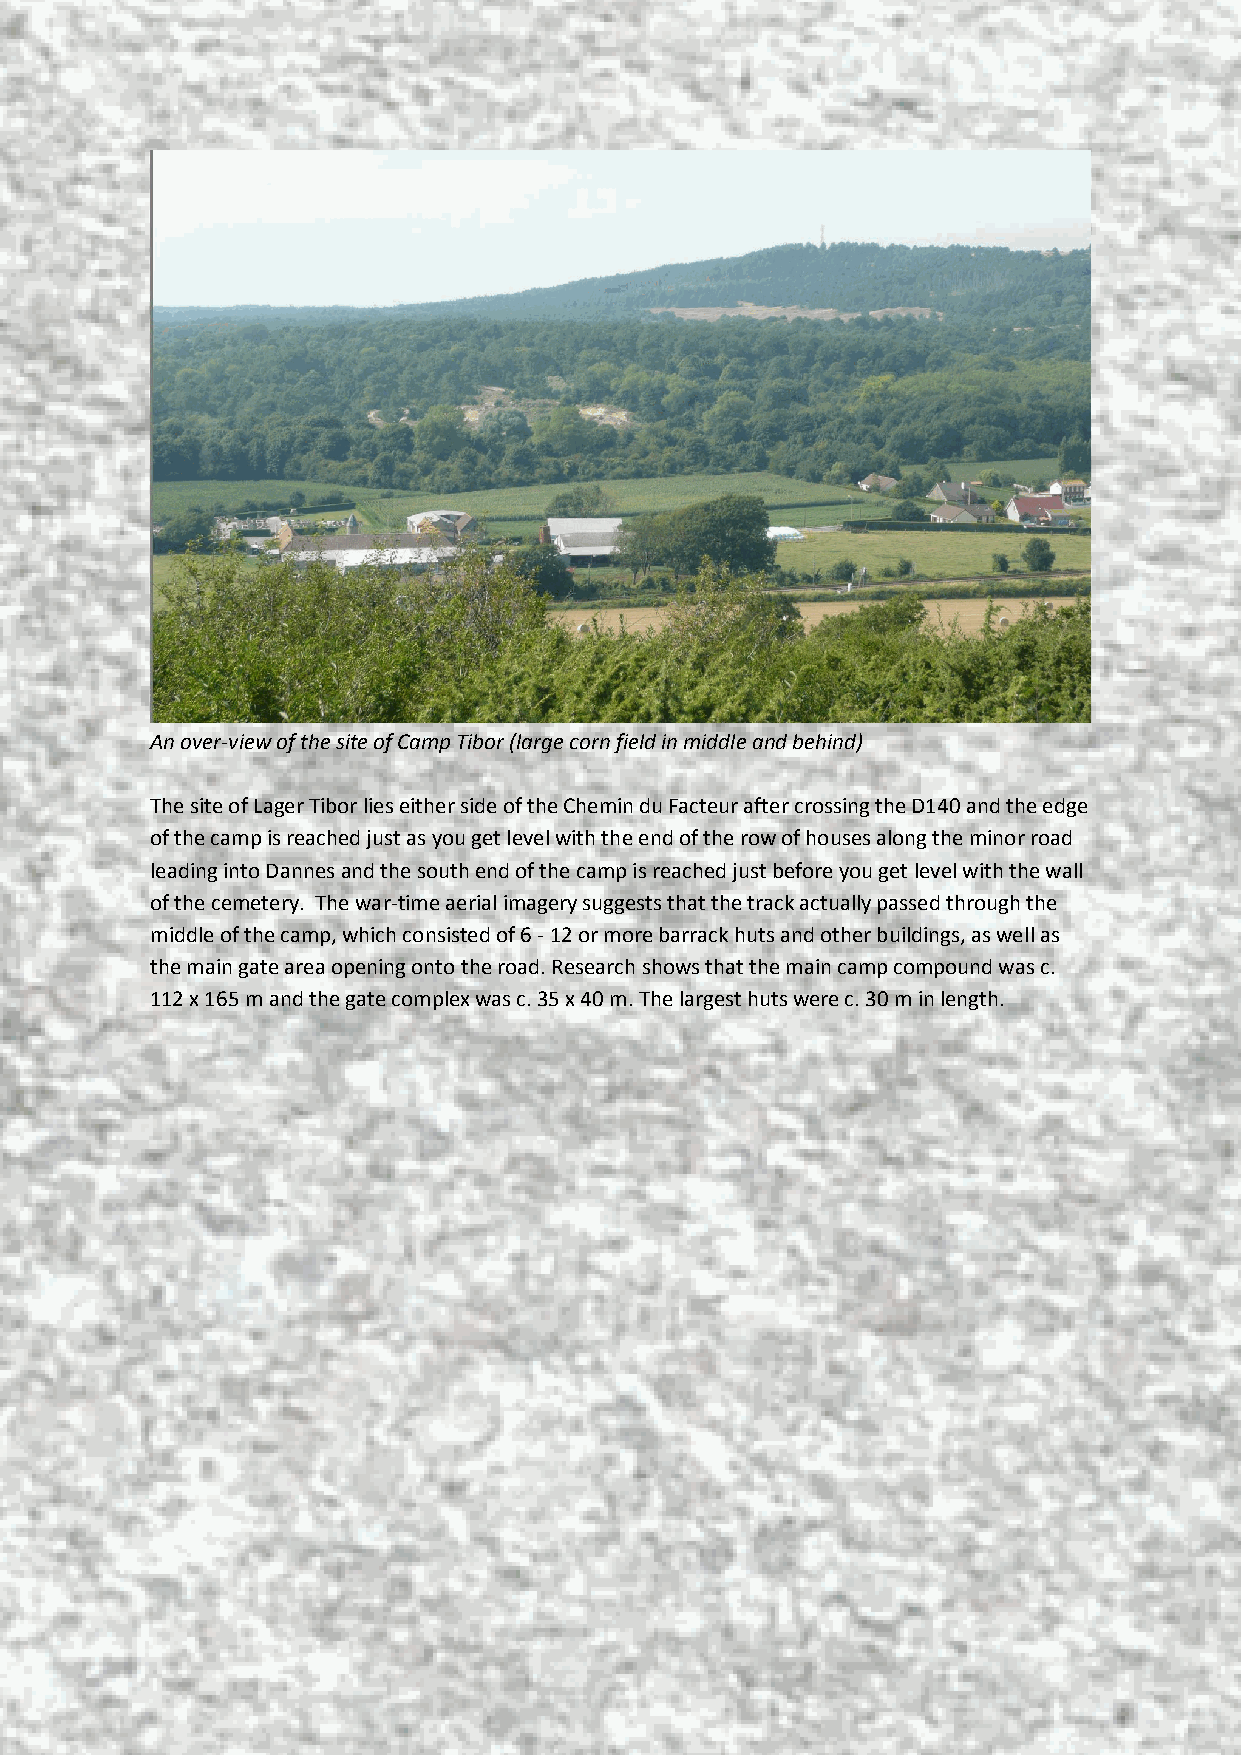
An over-view of the site of Camp Tibor (large corn field in middle and behind)
 The site of Lager Tibor lies either side of the Chemin du Facteur after crossing the D140 and the edge
 of the camp is reached just as you get level with the end of the row of houses along the minor road
 leading into Dannes and the south end of the camp is reached just before you get level with the wall
 of the cemetery. The war-time aerial imagery suggests that the track actually passed through the
 middle of the camp, which consisted of 6 - 12 or more barrack huts and other buildings, as well as
 the main gate area opening onto the road. Research shows that the main camp compound was c.
 112 x 165 m and the gate complex was c. 35 x 40 m. The largest huts were c. 30 m in length.